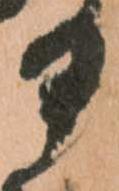
部